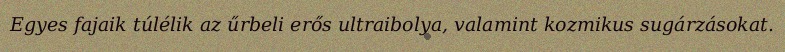
Egyes fajaik túlélik az űrbeli erős ultraibolya, valamint kozmikus sugárzásokat.